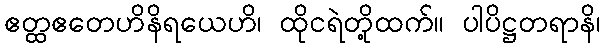
ဧတ္ထဧတေဟိနိရယေဟိ၊ ထိုငရဲတို့ထက်။ ပါပိဋ္ဌတရာနိ၊